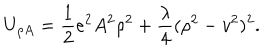
U _ { \rho A } = { \frac { 1 } { 2 } } e ^ { 2 } A ^ { 2 } \rho ^ { 2 } + { \frac { \lambda } { 4 } } ( \rho ^ { 2 } - v ^ { 2 } ) ^ { 2 } .